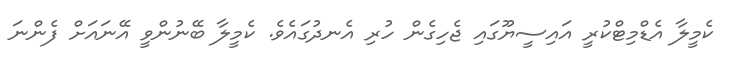
ކެމީލާ އެޑްމިޓްކުރީ އައިސީޔޫގައި ޖެހިގެން ހުރި އެނދުގައެވެ. ކެމީލާ ބޭނުންވީ އޭނައަށް ފެންނަ